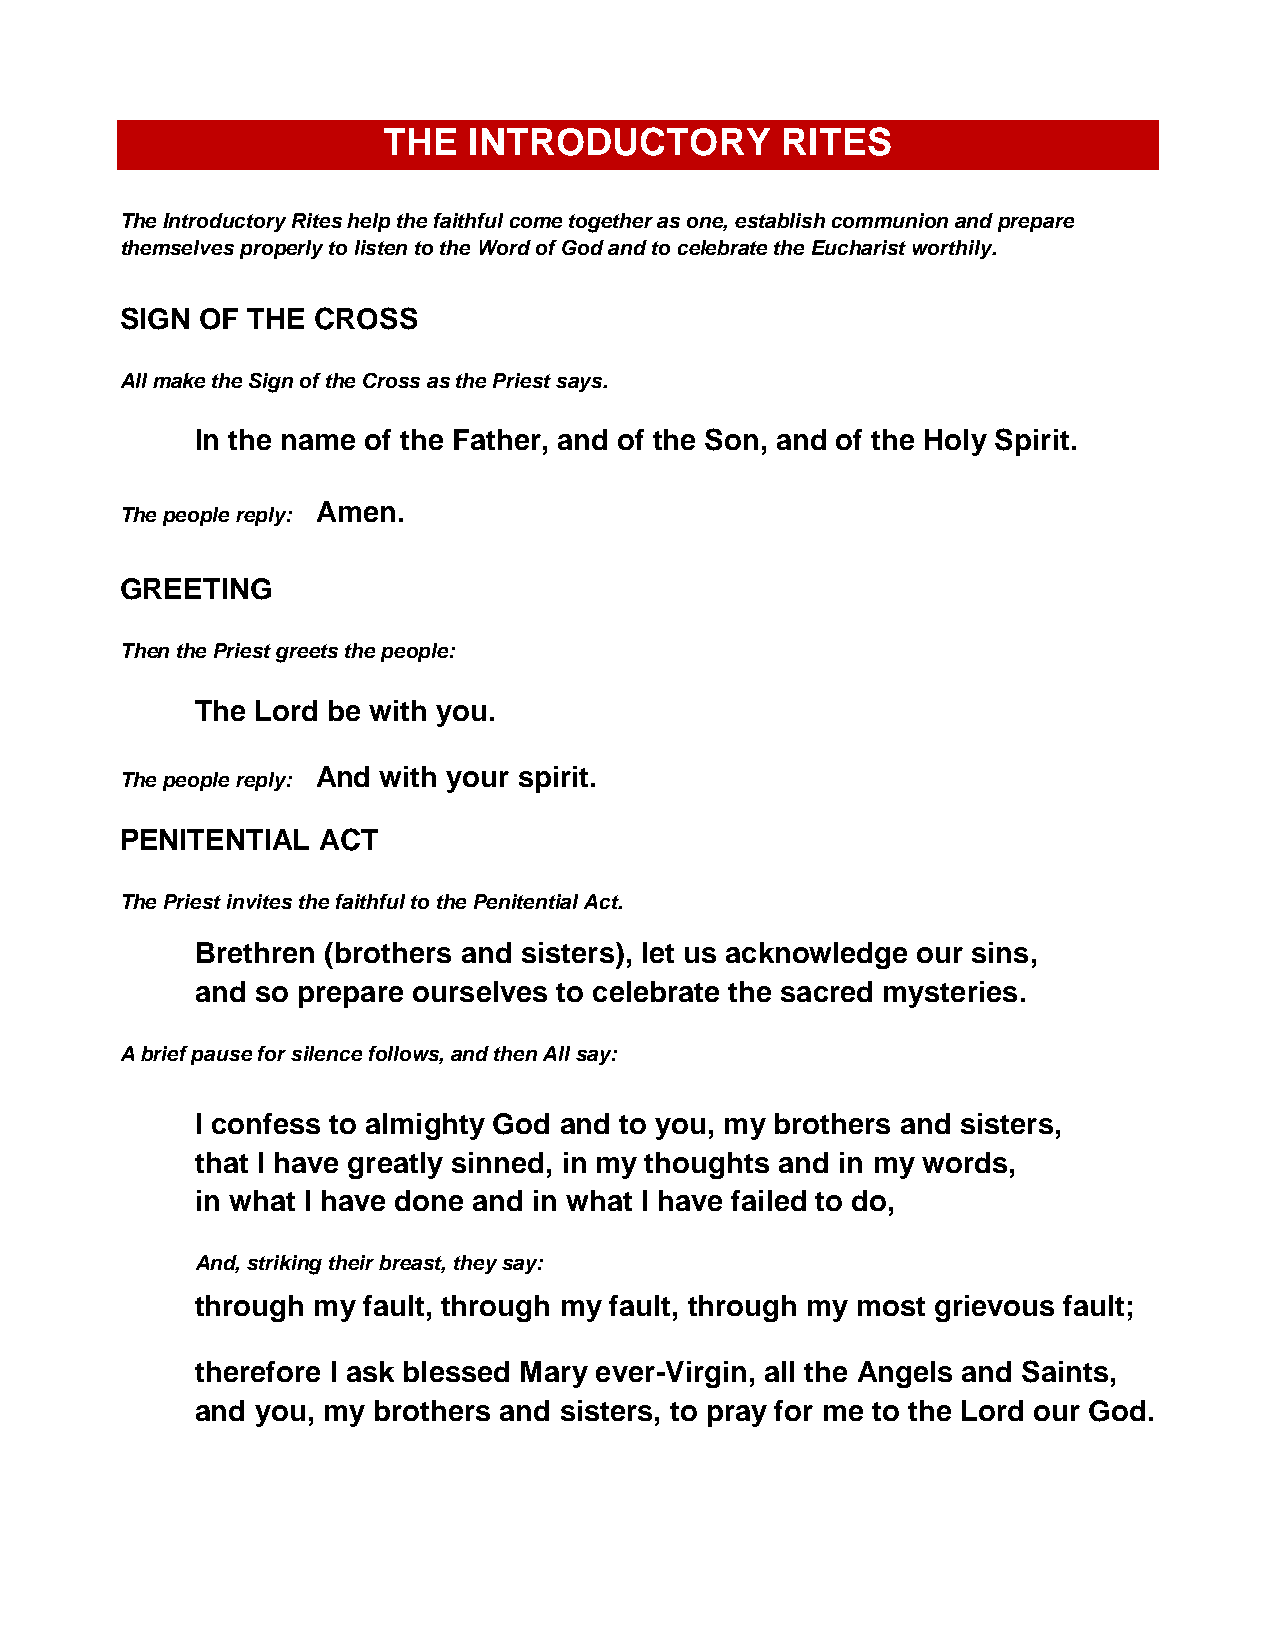
THE   INTRODUCTORY         RITES
 The Introductory Rites help the faithful come together as one, establish communion and prepare
 themselves properly to listen to the Word of God and to celebrate the Eucharist worthily.
 SIGN OF THE  CROSS
 All make the Sign of the Cross as the Priest says.
 In the name of the Father, and of the Son, and of the Holy Spirit.
 Amen.
 The people reply:
 GREETING
 Then the Priest greets the people:
 The Lord be with you.
 And with your spirit.
 The people reply:
 PENITENTIAL  ACT
 The Priest invites the faithful to the Penitential Act.
 Brethren (brothers and sisters), let us acknowledge our sins,
 and so prepare ourselves to celebrate the sacred mysteries.
 A brief pause for silence follows, and then All say:
 I confess to almighty God and to you, my brothers and sisters,
 that I have greatly sinned, in my thoughts and in my words,
 in what I have done and in what I have failed to do,
 And, striking their breast, they say:
 through my fault, through my fault, through my most grievous fault;
 therefore I ask blessed Mary ever-Virgin, all the Angels and Saints,
 and you, my brothers and sisters, to pray for me to the Lord our God.